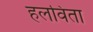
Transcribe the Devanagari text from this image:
हलविता